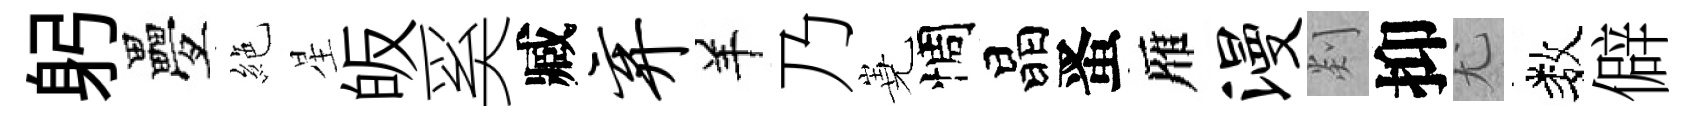
躬疊絶星皈奚臧弃羊乃嶤惆晶󱉠雁漫剡抑尤数僻